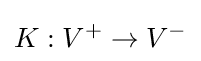
K:V^{+}\to V^{-}